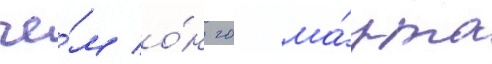
че́м о́н 20 ма́рта